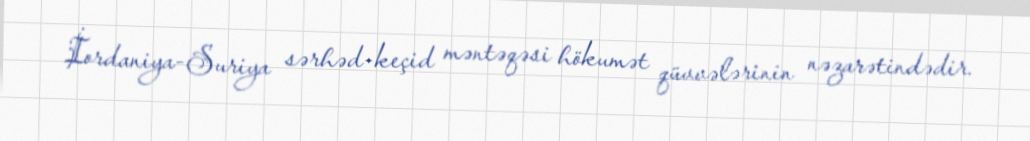
İordaniya-Suriya sərhəd-keçid məntəqəsi hökumət qüvvələrinin nəzarətindədir.